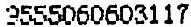
9555060603117